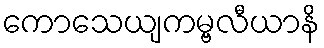
ကောသေယျကမ္ဗလီယာနိ